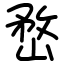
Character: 嵍